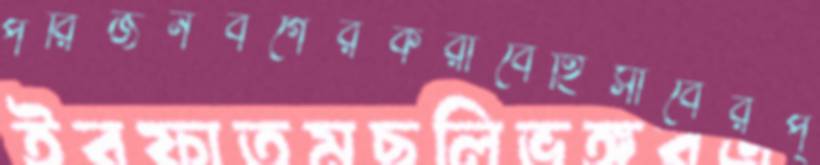
পরিজনবর্গেরকরাবেহিসাবেরপ্